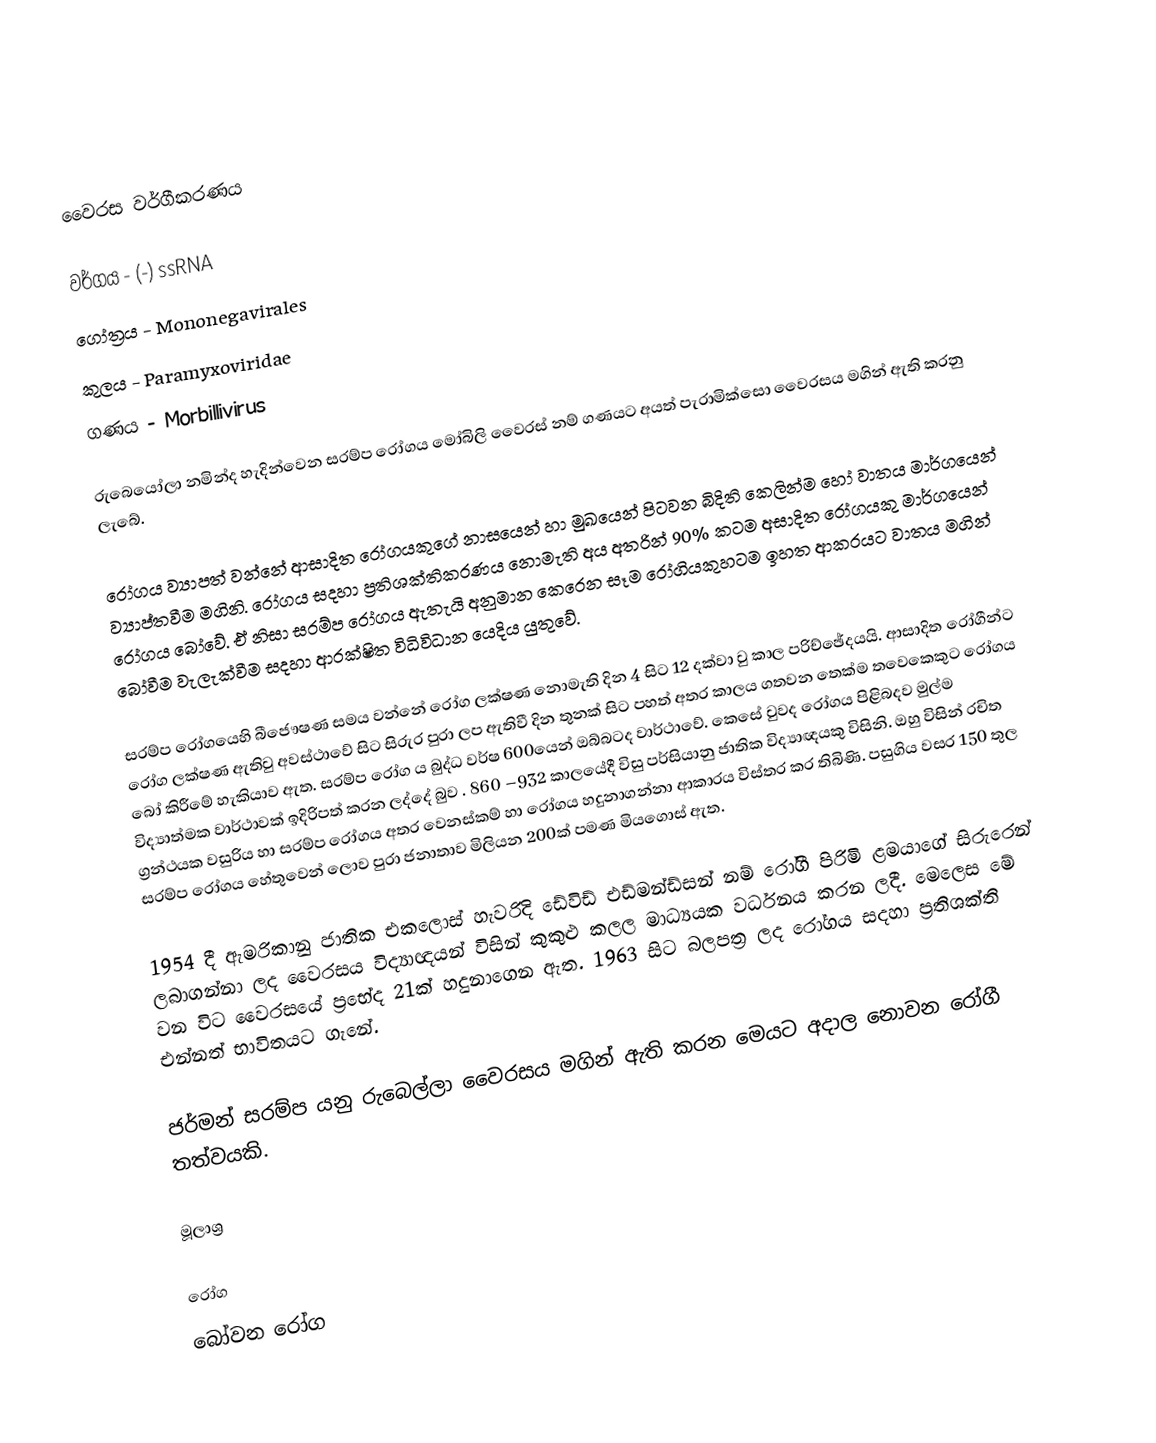

වෛරස වර්ගීකරණය

වර්ගය		-	(-)  ssRNA
ගෝත්‍රය	                     -	 Mononegavirales
කුලය 		-	Paramyxoviridae
ගණය		-	Morbillivirus

රුබෙයෝලා නමින්ද හැදින්වෙන සරම්ප රෝගය මෝබිලි වෛරස් නම් ගණයට අයත් පැරාමික්සො වෛරසය මගින් ඇති කරනු ලැබේ.

රෝගය ව්‍යාපත් වන්නේ ආසාදිත රෝගයකුගේ නාසයෙන් හා මුඛයෙන් පිටවන බිදිති කෙලින්ම හෝ වාතය මාර්ගයෙන් ව්‍යාප්තවීම මගිනි. රෝගය සදහා ප්‍රතිශක්තිකරණය නොමැති අය අතරින් 90% කටම අසාදිත රෝගයකු මාර්ගයෙන් රෝගය බෝවේ. ඒ නිසා සරම්ප රෝගය ඇතැයි අනුමාන කෙරෙන සෑම රෝගියකුහටම ඉහත ආකරයට වාතය මගින් බෝවීම වැලැක්වීම සදහා ආරක්ෂිත විධිවිධාන යෙදිය යුතුවේ.

සරම්ප රෝගයෙහි බීජෞෂණ සමය වන්නේ රෝග ලක්ෂණ නොමැති දින 4 සිට 12 දක්වා වු කාල පරිච්ඡේදයයි. ආසාදිත රෝගීන්ට රෝග ලක්ෂණ ඇතිවු අවස්ථාවේ සිට සිරුර පුරා  ලප ඇතිවී දින තුනක් සිට පහත් අතර කාලය ගතවන තෙක්ම තවෙකෙකුට රෝගය  බෝ කිරීමේ හැකියාව ඇත.  සරම්ප රෝග ය බුද්ධ වර්ෂ 600යෙන් ඔබ්බටද වාර්ථාවේ. කෙසේ වුවද රෝගය පිළිබදව මුල්ම විද්‍යාත්මක වාර්ථාවක් ඉදිරිපත් කරන ලද්දේ බුව   . 860 –932 කාලයේදී විසු පර්සියානු ජාතික විද්‍යාඥයකු විසිනි. ඔහු විසින් රචිත ග්‍රන්ථයක වසුරිය හා සරම්ප රෝගය අතර වෙනස්කම් හා රෝගය හදුනා‍ගන්නා ආකාරය විස්තර කර තිබිණි. පසුගිය වසර 150 තුල සරම්ප රෝගය හේතුවෙන් ලොව පුරා ජනාතාව මිලියන 200ක් පමණ මියගොස් ඇත.

1954 දී ඇමරිකානු ජාතික එකලොස් හැවරිදි ඩේවිඩ් එඩ්මන්ඩ්සන් නම් රෝගී පිරිමි ළමයාගේ සිරුරෙන් ලබාගන්නා ලද වෛරසය විද්‍යාඥයන් විසින් කුකුළු  කලල මාධ්‍යයක වර්ධනය කරන ලදී. මෙලෙස මේ වන විට වෛරසයේ ප්‍රභේද 21ක් හදුනාගෙන ඇත. 1963 සිට බලපත්‍ර ලද රෝගය සදහා ප්‍රතිශක්ති එන්නත්   භාවිතයට ගැනේ.

ජර්මන් සරම්ප යනු රුබෙල්ලා වෛරසය මගින් ඇති කරන මෙයට අදාල නොවන රෝගී තත්වයකි.

මූලාශ්‍ර

රෝග
බෝවන රෝග